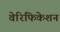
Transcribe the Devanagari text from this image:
वेरिफिकेशन